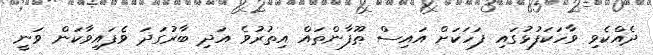
ދެއްކެވި ވާހަކަފުޅުގައި ފަހަކަށް އައިސް ޠޫފާންތައް އިތުރުވެ އަދި ބާރުގަދަ ވެފައިވާކަން ވަނީ